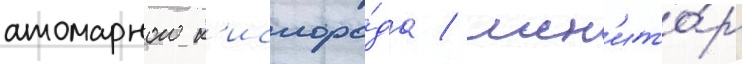
атомарного к'ислоро́да / мон'ито́р